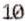
10